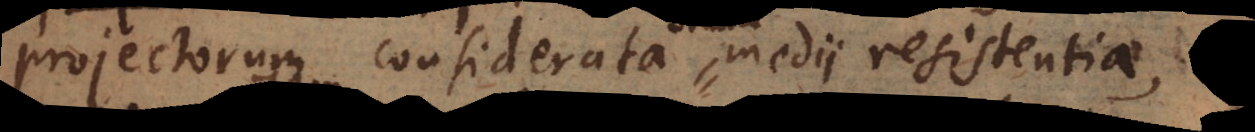
projectorum considerata medii resistentia,